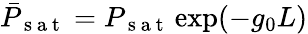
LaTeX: \bar{P}_{\mathrm{~s~a~t~}}=P_{\mathrm{~s~a~t~}}\exp(-g_{0}L)